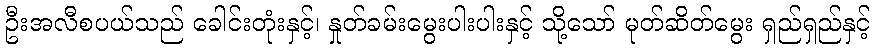
ဦးအလီစပယ်သည် ခေါင်းတုံးနှင့်၊ နှုတ်ခမ်းမွေးပါးပါးနှင့် သို့သော် မုတ်ဆိတ်မွေး ရှည်ရှည်နှင့်